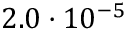
2 . 0 \cdot 1 0 ^ { - 5 }